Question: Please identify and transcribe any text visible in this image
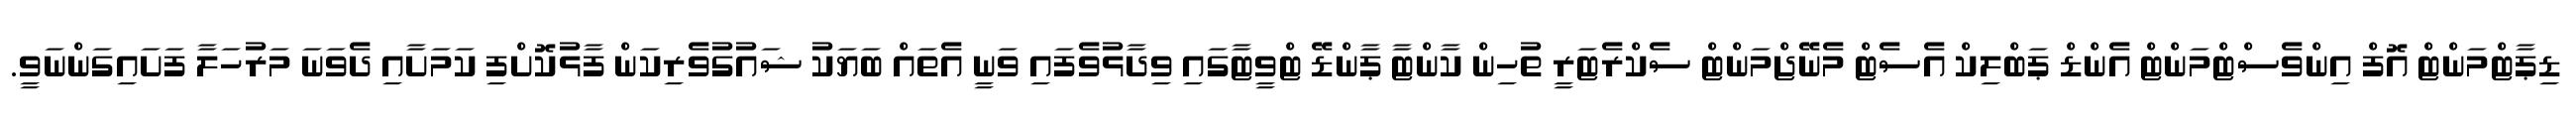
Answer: ޑިޕާޓްމަންޓް އޮފް އިންވެސްޓްމަންޓް އެންޑް ޕަބްލިކް އެސެޓް މެނޭޖްމަންޓް ސެކްރެޓަރީ ތުހިން ކާންޓާ ޕާންޑޭ ޓްވީޓާގައި ވިދާޅުވެފައި ވަނީ އެތައް ބަޔަކު ޝައުގުވެރިކަން ފާޅުކޮށްފި ކަމަށާއި ދެވަނަ މަރުހަލާ ފަށައިގަންނަވީ.